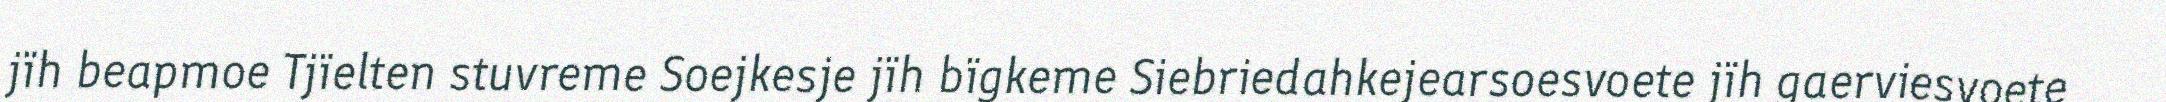
jïh beapmoe Tjïelten stuvreme Soejkesje jïh bïgkeme Siebriedahkejearsoesvoete jïh gaerviesvoete